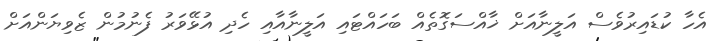
އެހާ ކުޑައިރުވެސް އަލީނާއަށް ޚާއްސަގޮތެއް ބަހައްޓައި އަލީނާއާއި ހެދި އުޅޭވަރު ފެނުމުން ޒެވިޔަންއަށް